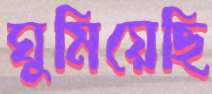
ঘুমিয়েছি